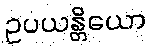
ဥပယန္တိယော